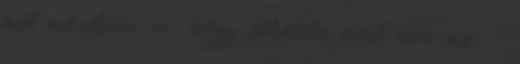
azt mondjam rá, hogy tökéletes mert nem az. -